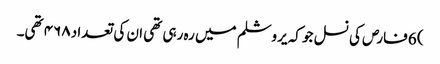
) 6 فارص کی نسل جو کہ یروشلم میں رہ رہی تھی ان کی تعداد ۴۶۸ تھی۔